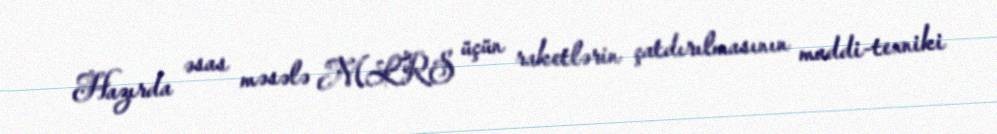
Hazırda əsas məsələ MLRS üçün raketlərin çatdırılmasının maddi-texniki